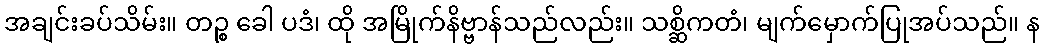
အချင်းခပ်သိမ်း။ တဉ္စ ခေါ ပဒံ၊ ထို အမြိုက်နိဗ္ဗာန်သည်လည်း။ သစ္ဆိကတံ၊ မျက်မှောက်ပြုအပ်သည်။ န